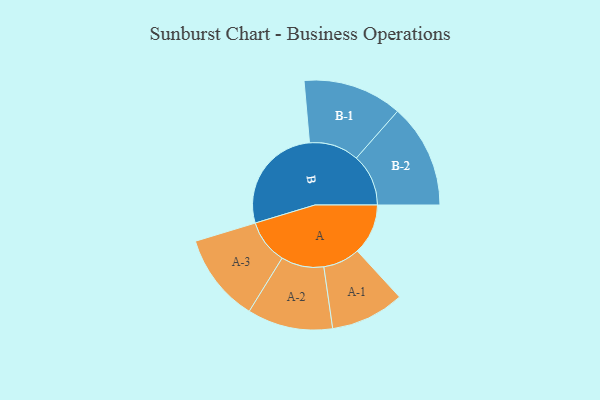
{"axis": {"x": "Segment", "y": "Value"}, "legend": ["", "A", "B"], "data": [{"x": "A", "y": 190, "type": ""}, {"x": "B", "y": 408, "type": ""}, {"x": "A-1", "y": 138, "type": "A"}, {"x": "A-2", "y": 160, "type": "A"}, {"x": "A-3", "y": 166, "type": "A"}, {"x": "B-1", "y": 186, "type": "B"}, {"x": "B-2", "y": 195, "type": "B"}]}